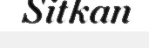
Sitkan